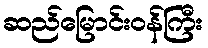
ဆည်မြောင်းဝန်ကြီး